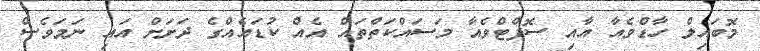
މޮބައިލް ހާޑްވެއާ އާއި ސޮފްޓްވެއާ މަސައްކަތްތައް އެއް ކުޑައެއްގެ ދަށަށް އައި ނަމަވެސް